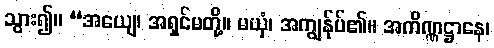
သွား၍။ “အယျေ၊ အရှင်မတို့။ မယှံ၊ အကျွန်ုပ်၏။ အကိဏ္ဏဋ္ဌာနေ၊